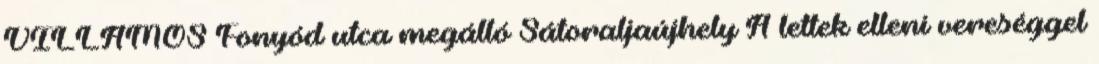
VILLAMOS Fonyód utca megálló Sátoraljaújhely A lettek elleni vereséggel